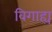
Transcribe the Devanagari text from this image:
विगाह्य